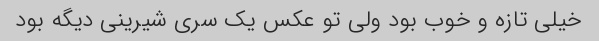
خیلی تازه و خوب بود ولی تو عکس یک سری شیرینی دیگه بود